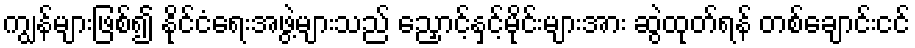
ကျွန်များဖြစ်၍ နိုင်ငံရေးအဖွဲ့များသည် ညှောင့်နှင့်မိုင်းများအား ဆွဲထုတ်ရန် တစ်ချောင်းငင်